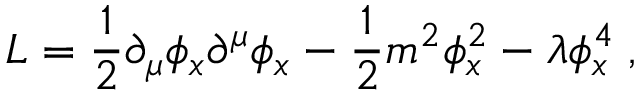
{ \cal L } = { \frac { 1 } { 2 } } \partial _ { \mu } \phi _ { x } \partial ^ { \mu } \phi _ { x } - { \frac { 1 } { 2 } } m ^ { 2 } \phi _ { x } ^ { 2 } - \lambda \phi _ { x } ^ { 4 } \; ,